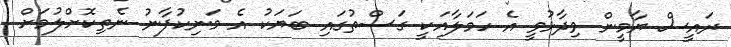
ރައީސް ޔާމީން ވިދާޅުވީ އެ ހަމަލާއަކީ ގަސްތުގައި ބަޔަކު އެ މަނިކުފާނު ނެތިކޮށްލުމަށް